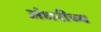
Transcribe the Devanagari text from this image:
अंधरीच्य